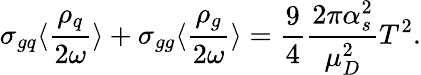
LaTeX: \sigma_{gq}\langle\frac{\rho_{q}}{2\omega}\rangle+\sigma_{gg}\langle\frac{\rho_{g}}{2\omega}\rangle=\frac{9}{4}\frac{2\pi\alpha_{s}^{2}}{\mu_{D}^{2}}T^{2}.